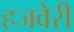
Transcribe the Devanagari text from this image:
हजवेरी